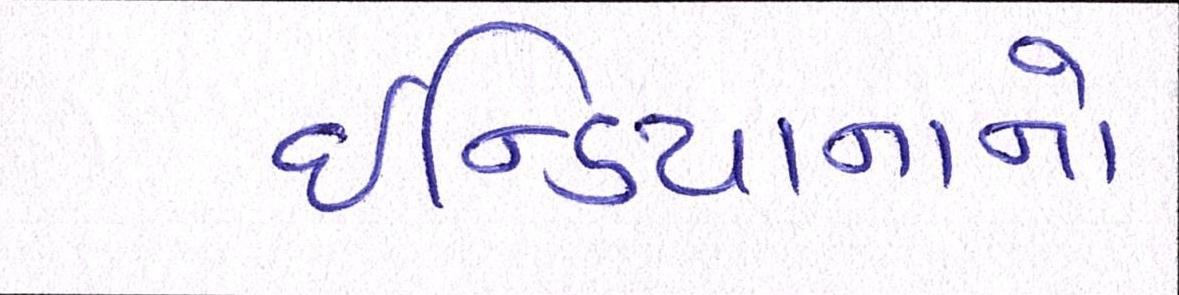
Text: ઇન્ડિયાનાનો